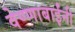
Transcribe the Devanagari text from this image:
वेण्णाबाईंनी